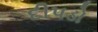
દીપડો